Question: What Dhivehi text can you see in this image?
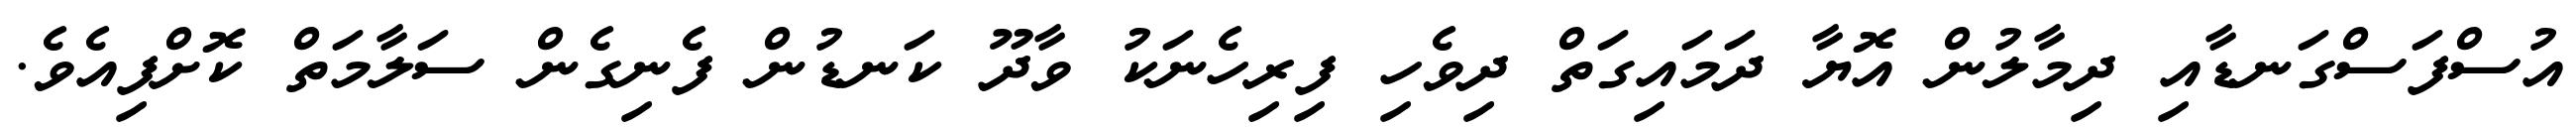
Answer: އުސްފަސްގަނޑާއި ދިމާލުން އޮޔާ ދަމައިގަތް ދިވެހި ފިރިހެނަކު ވާދޫ ކަނޑުން ފެނިގެން ސަލާމަތް ކޮށްފިއެވެ.